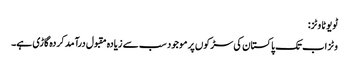
ٹویوٹا وٹز:
وٹز اب تک پاکستان کی سڑکوں پر موجود سب سے زیادہ مقبول درآمد کردہ گاڑی ہے۔